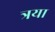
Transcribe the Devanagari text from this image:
त्रया